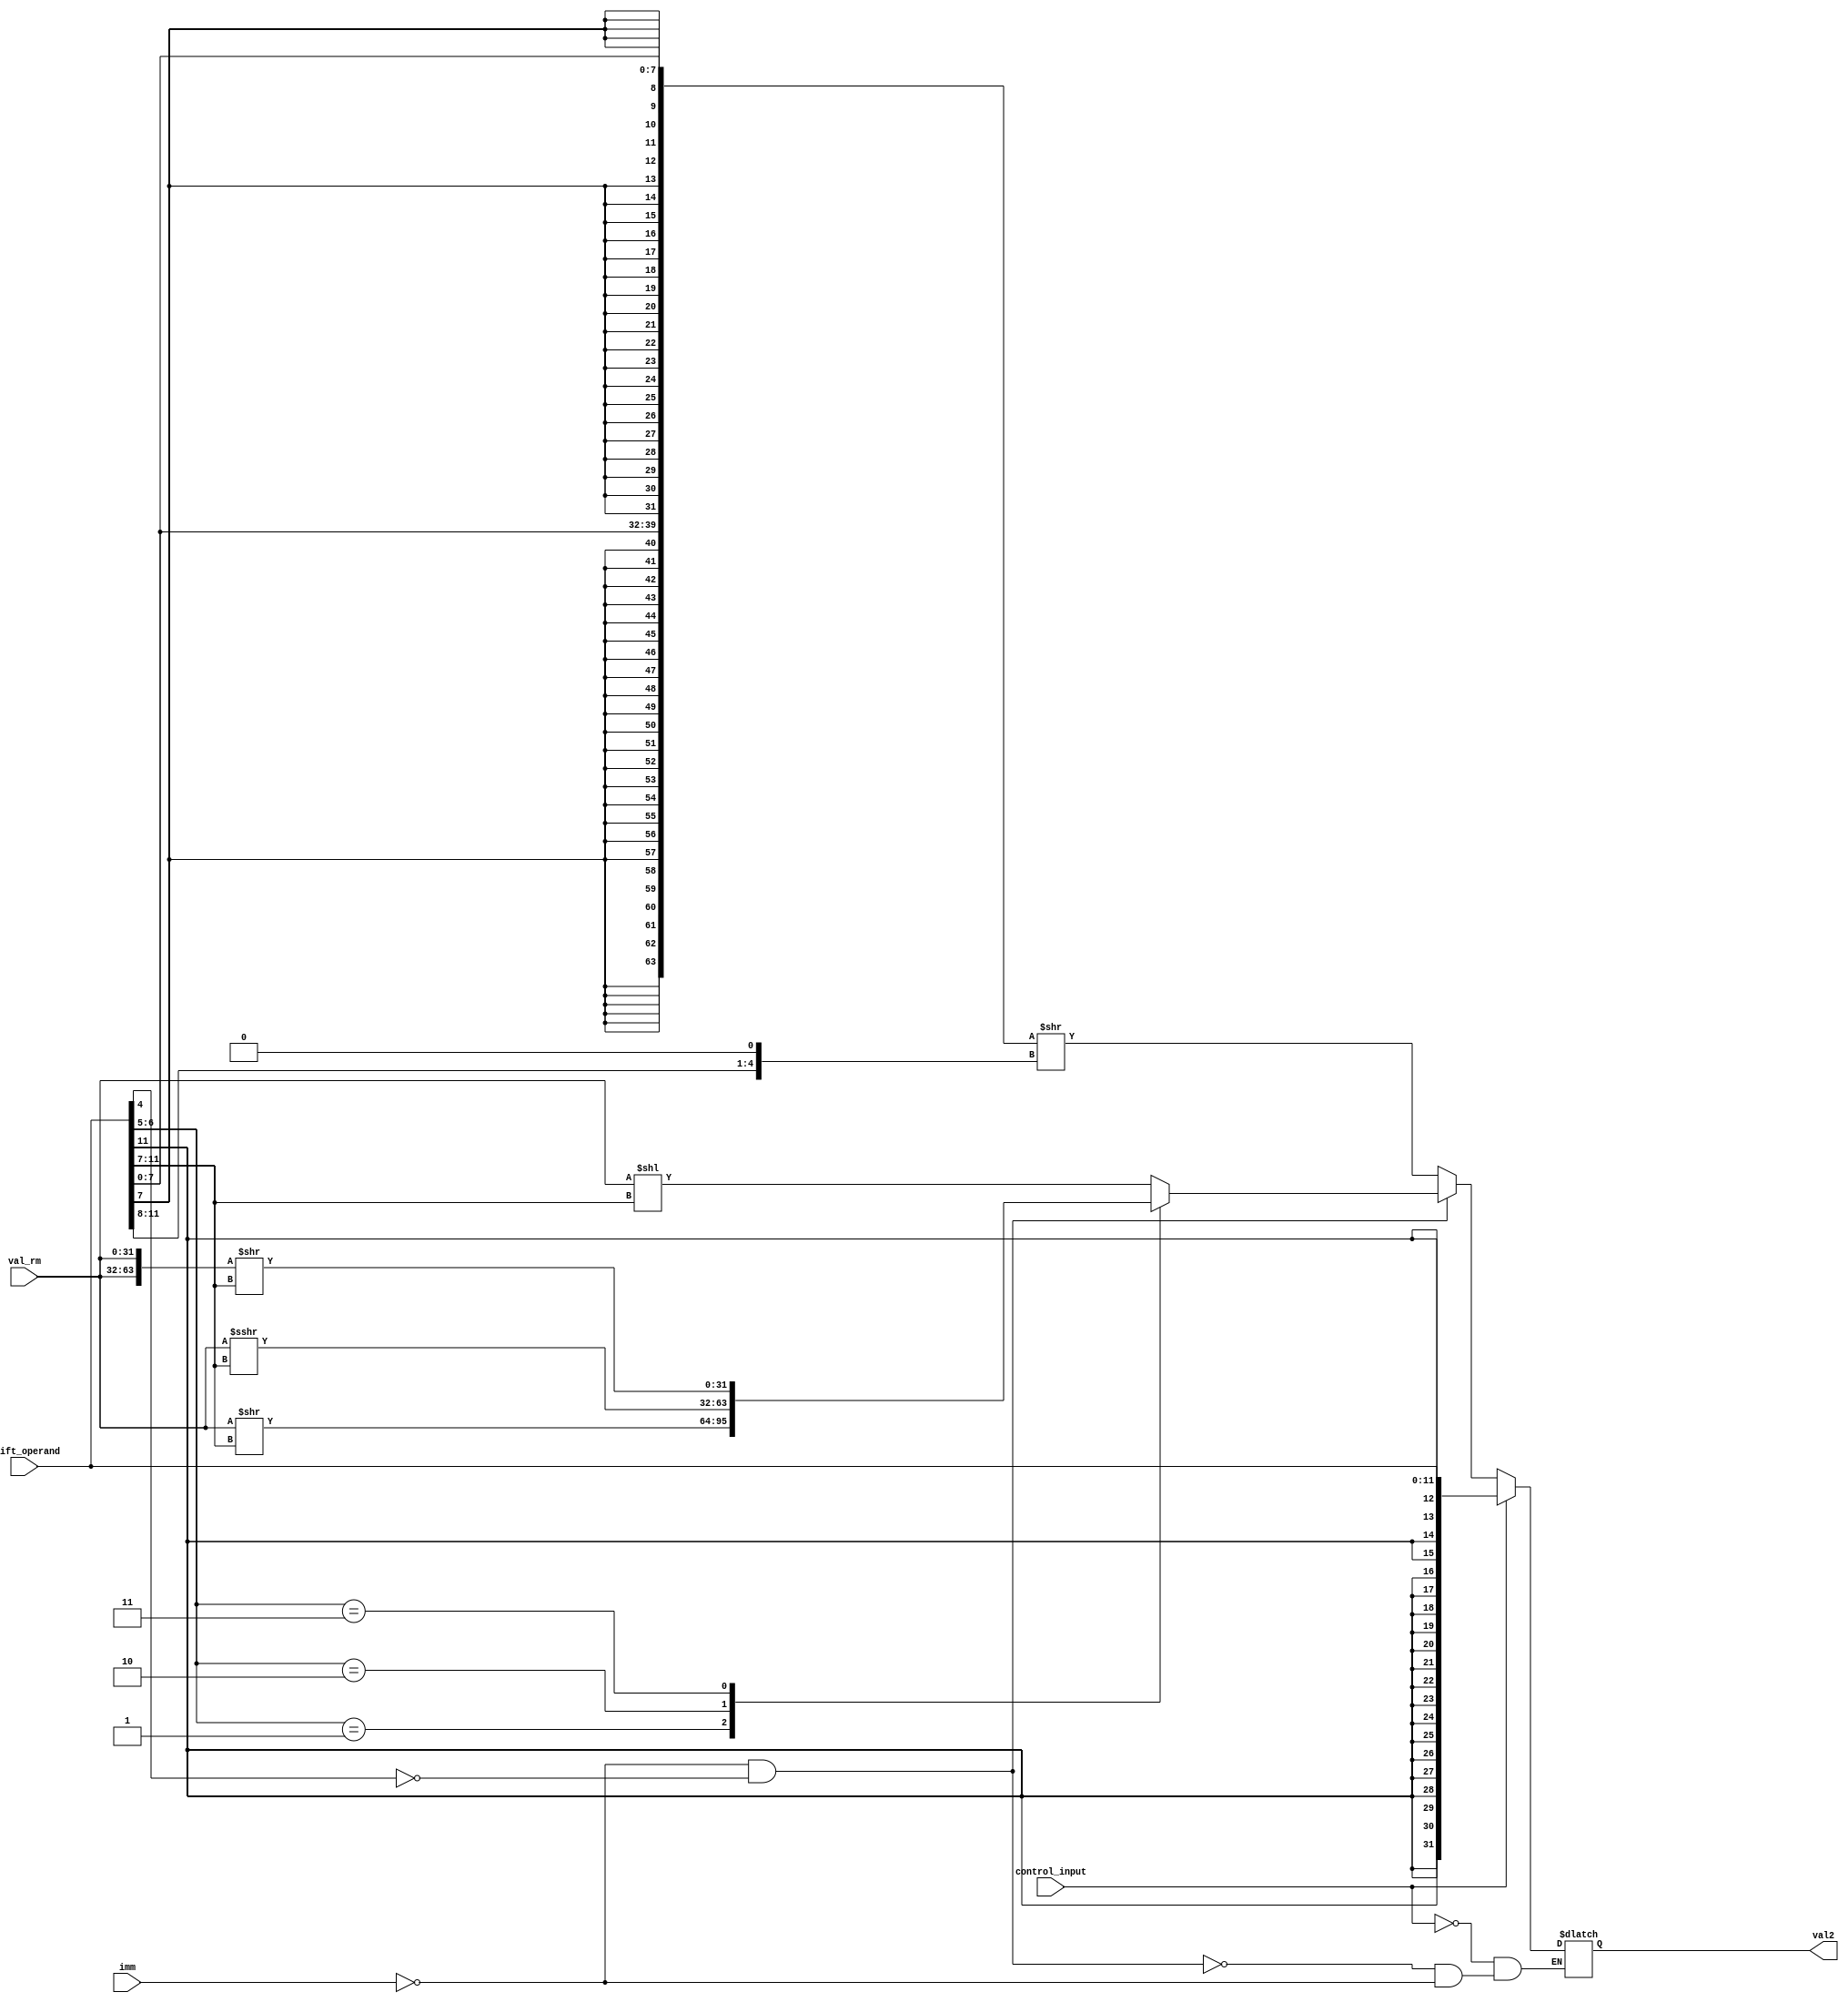
module Val2_Generator (
	shift_operand,
	imm,
	val_rm,
	control_input,
	val2
);
	input imm, control_input;
	input [11:0] shift_operand;
	input [31:0] val_rm;
	output reg [31:0] val2;
	
	wire [63:0] rotate_wire;
	wire [63:0] immd;
	wire [4:0] rotate_im;
	
	assign immd = {{24{shift_operand[7]}} , shift_operand[7:0] , {24{shift_operand[7]}} , shift_operand[7:0]};
	assign rotate_im = {shift_operand[11:8] , 1'b0};
	assign rotate_wire = {val_rm , val_rm};

	always @(shift_operand, imm, val_rm, control_input) begin
		if (control_input == 1'b1) begin
			val2 <= {{20{shift_operand[11]}}, shift_operand};
		end
		else if(imm == 1'b0 && shift_operand[4] == 1'b0) begin
			case(shift_operand[6:5])
				2'b00 : val2 <= (val_rm << shift_operand[11:7]);
				2'b01 : val2 <= (val_rm >> shift_operand[11:7]);
				2'b10 : val2 <= (val_rm >>> shift_operand[11:7]);
				2'b11 : val2 <= (rotate_wire >> shift_operand[11:7]);
			endcase
		end
		else if(imm == 1'b1) begin
			val2 <= (immd >> rotate_im);
		end
	end

endmodule